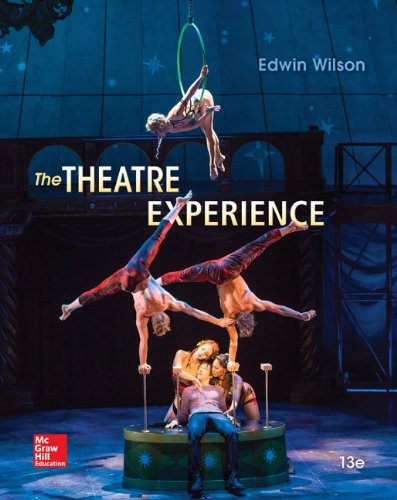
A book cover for The Theatre Experience; Edwin Wilson; Humor & Entertainment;